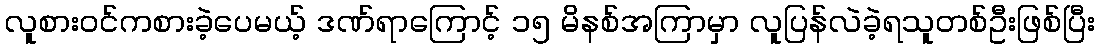
လူစားဝင်ကစားခဲ့ပေမယ့် ဒဏ်ရာကြောင့် ၁၅ မိနစ်အကြာမှာ လူပြန်လဲခဲ့ရသူတစ်ဦးဖြစ်ပြီး